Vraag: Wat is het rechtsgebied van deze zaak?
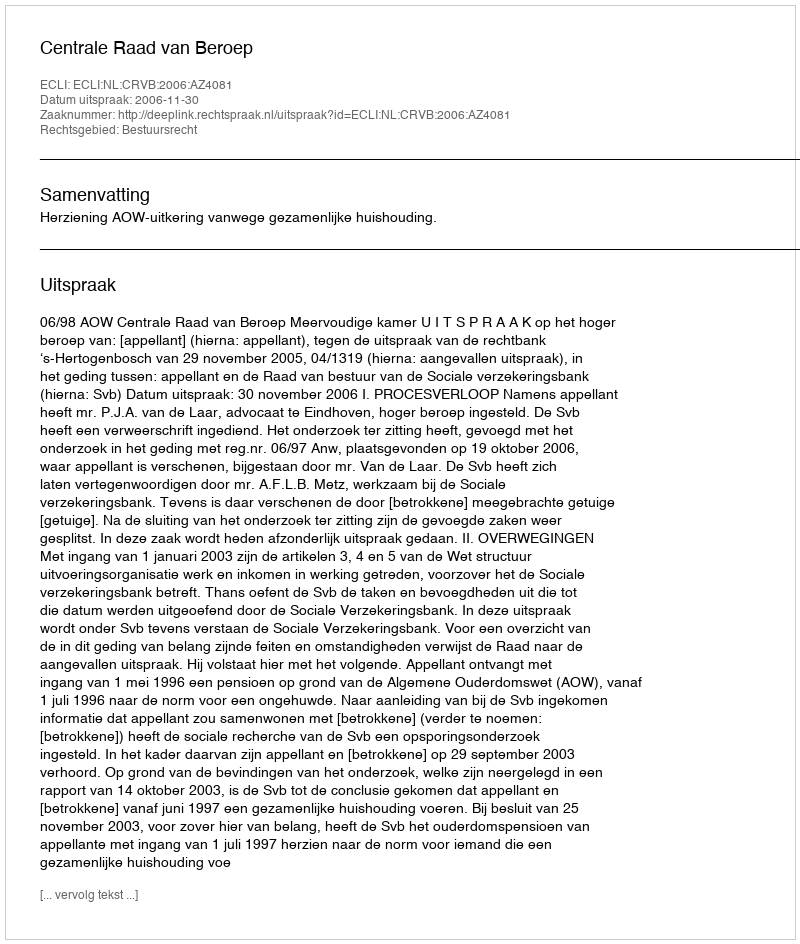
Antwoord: Bestuursrecht